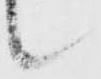
候